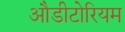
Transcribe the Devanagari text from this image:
औडीटोरियम